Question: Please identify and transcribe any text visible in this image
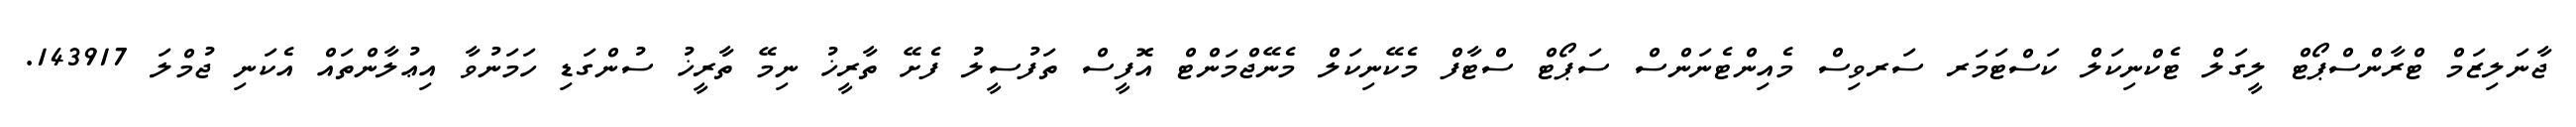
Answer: ޖާނަލިޒަމް ޓްރާންސްޕޯޓް ލީގަލް ޓެކްނިކަލް ކަސްޓަމަރ ސަރވިސް މެއިންޓެނަންސް ސަޕޯޓް ސްޓާފް މެކޭނިކަލް މެނޭޖްމަންޓް އޮފީސް ތަފުސީލު ފެށޭ ތާރީޚު ނިމޭ ތާރީޚު ސުންގަޑި ހަމަނުވާ އިޢުލާންތައް އެކަނި ޖުމްލަ 143917.